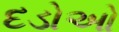
દડોઓ